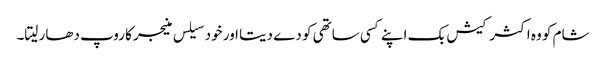
شام کو وہ اکثر کیش بک اپنے کسی ساتھی کو دے دیتا اور خود سیلس منیجر کا روپ دھار لیتا۔